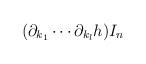
\begin{align*}(\partial_{k_1} \cdots \partial_{k_l} h) I_n\end{align*}